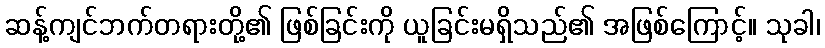
ဆန့်ကျင်ဘက်တရားတို့၏ ဖြစ်ခြင်းကို ယူခြင်းမရှိသည်၏ အဖြစ်ကြောင့်။ သုခါ၊